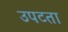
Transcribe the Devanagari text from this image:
उपटता